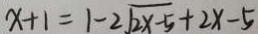
x + 1 = 1 - 2 \sqrt { 2 x - 5 } + 2 x - 5